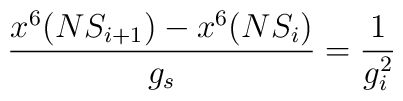
\frac{x^6(NS_{i+1})-x^6(NS_i)}{g_s}=\frac{1}{g_i^2}